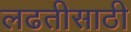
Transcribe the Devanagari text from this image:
लढतीसाठी